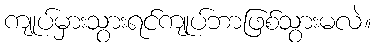
ကျုပ်မှားသွားရင်ကျုပ်ဘာဖြစ်သွားမလဲ။